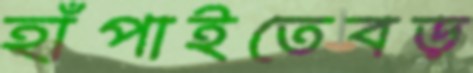
হাঁপাইতেবড়